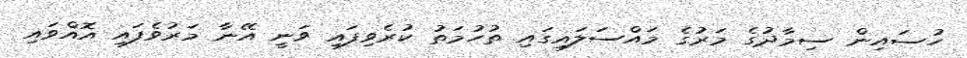
ހުސައިން ސިމާދުގެ މަރުގެ މައްސަލައިގައި ތުހުމަތު ކުރެވިފައި ވަނީ އޭނާ މަރުވެފައި އޮއްވައި